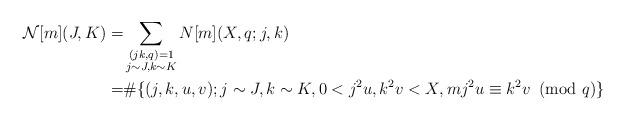
LaTeX: \begin{align*}\mathcal{N}[m](J,K)=& \sum_{\substack{(jk,q)=1\\j\sim J, k\sim K}}N[m](X,q;j,k)\\=& \#\{(j,k,u,v); j\sim J,k\sim K, 0<j^2u,k^2v<X,mj^2u\equiv k^2v\!\!\!\pmod{q}\}\end{align*}